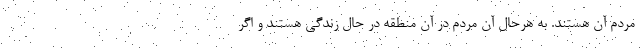
مردم آن هستند. به هرحال آن مردم در آن منطقه در حال زندگی هستند و اگر